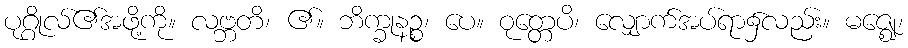
ပုဂ္ဂိုလ်၏အဖို့ကို။ လဗ္ဘတိ၊ ၏။ ဘိက္ခုနဉ္စ၊ ပေ။ ဝုတ္တေပိ၊ လျှောက်အပ်ရာ၌လည်း။ မဇ္ဈေ၊